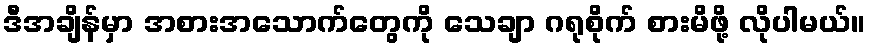
ဒီအချိန်မှာ အစားအသောက်တွေကို သေချာ ဂရုစိုက် စားမိဖို့ လိုပါမယ်။